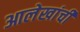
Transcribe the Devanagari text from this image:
आलेखांची